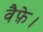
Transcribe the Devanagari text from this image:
वैफ़े।